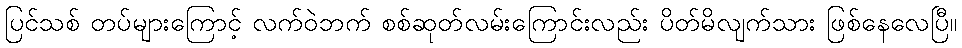
ပြင်သစ် တပ်များကြောင့် လက်ဝဲဘက် စစ်ဆုတ်လမ်းကြောင်းလည်း ပိတ်မိလျက်သား ဖြစ်နေလေပြီ။